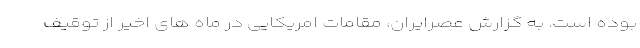
بوده است. به گزارش عصرایران، مقامات امریکایی در ماه های اخیر از توقیف